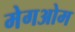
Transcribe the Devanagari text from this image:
मेगओम